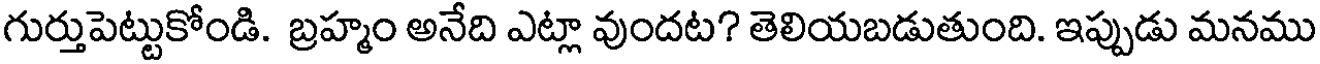
గుర్తుపెట్టుకోండి. బ్రహ్మం అనేది ఎట్లా వుందట? తెలియబడుతుంది. ఇప్పుడు మనము